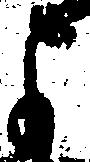
よ